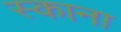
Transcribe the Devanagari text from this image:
स्काना